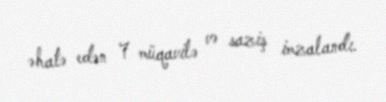
əhatə edən 7 müqavilə və saziş imzalandı.